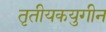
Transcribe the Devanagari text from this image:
तृतीयकयुगीन